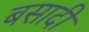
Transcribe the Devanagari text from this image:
बसादी